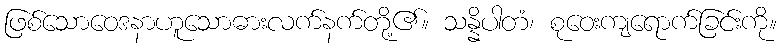
ဖြစ်သောဝေဒနာဟူသောဓားလက်နက်တို့၏။ သန္နိပါတံ၊ စုဝေးကျရောက်ခြင်းကို။